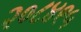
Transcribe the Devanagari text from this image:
२०८४९५